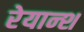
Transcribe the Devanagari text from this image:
रेयान्श